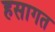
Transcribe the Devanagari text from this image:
हसागत